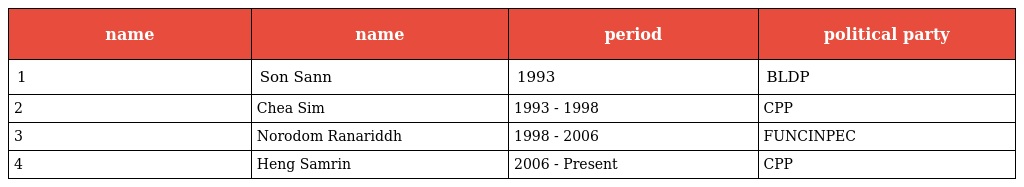
| name | name | period | political party |
 | --- | --- | --- | --- |
 | 1 | Son Sann | 1993 | BLDP |
 | 2 | Chea Sim | 1993 - 1998 | CPP |
 | 3 | Norodom Ranariddh | 1998 - 2006 | FUNCINPEC |
 | 4 | Heng Samrin | 2006 - Present | CPP |